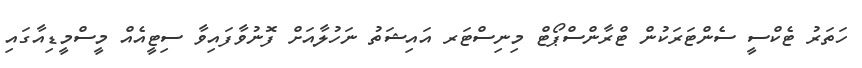
ހަތަރު ޓެކްސީ ސެންޓަރަކުން ޓްރާންސްޕޯޓް މިނިސްޓަރ އައިޝަތު ނަހުލާއަށް ފޮނުވާފައިވާ ސިޓީއެއް މީސްމީޑިއާގައި